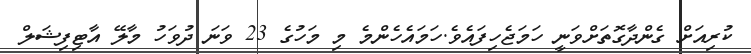
ކުރިއަށް ގެންދާގޮތަށްވަނީ ހަމަޖެހިފައެވެ.ހަމައެހެންމެ މި މަހުގެ 23 ވަނަ ދުވަހު މާލޭ އާޓިފިޝަލް